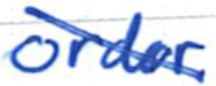
Text: order
Cross-out: diagonal
Writing tool: ballpoint